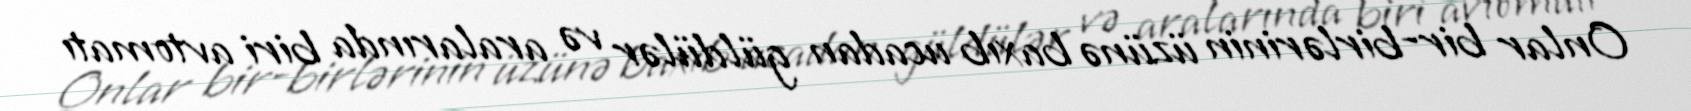
Onlar bir-birlərinin üzünə baxıb ucadan güldülər və aralarında biri avtomatı